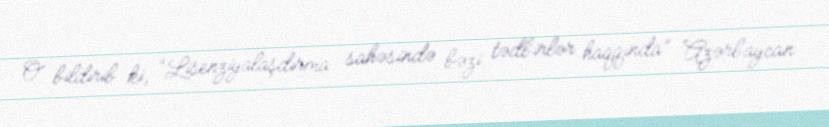
O bildirib ki, “Lisenziyalaşdırma sahəsində bəzi tədbirlər haqqında” Azərbaycan